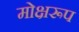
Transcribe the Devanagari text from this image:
मोक्षरूप